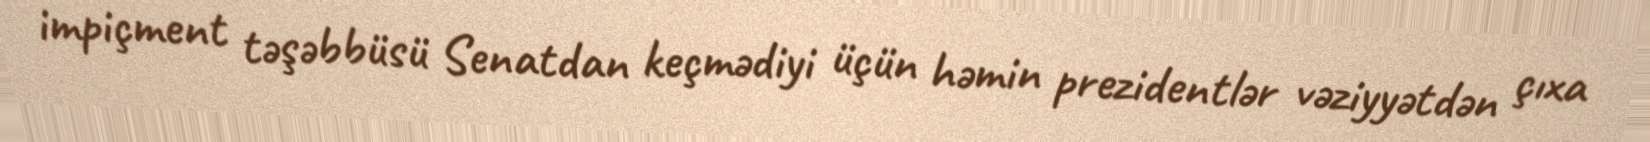
impiçment təşəbbüsü Senatdan keçmədiyi üçün həmin prezidentlər vəziyyətdən çıxa